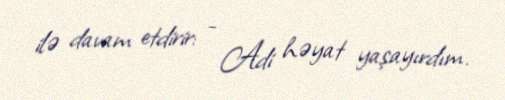
ilə davam etdirir: - Adi həyat yaşayırdım.